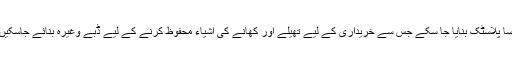
سائنس دان اب اس بارے میں تحقیق کررہے ہیں کہ کسی طرح پودوں سے ایسا پلاسٹک بنایا جا سکے جس سے خریداری کے لیے تھیلے اور کھانے کی اشیاء محفوظ کرنے کے لیے ڈبے وغیرہ بنائے جاسکیں، جنھیں استعمال کے بعد پودوں کی کھاد کے طور پر استعمال کیا جا سکے۔